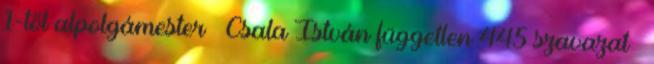
1-től alpolgámester – Csala István független 445 szavazat